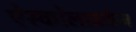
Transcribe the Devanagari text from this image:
ऐस्कोलाइकेन